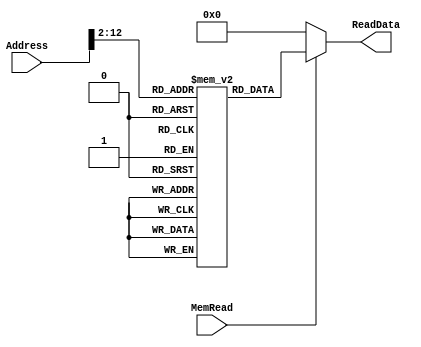
`timescale 1ns / 1ps

////////////////////////////////////////////////////////////////////////////////
// ECE369 - Computer Architecture
// Module - data_memory.v
// Description - 32-Bit wide data memory. An example that shows how to prepare/initialize
// data memory
//
// INPUTS:-
// Address: 32-Bit address input port.
// WriteData: 32-Bit input port.
// Clk: 1-Bit Input clock signal.
// MemWrite: 1-Bit control signal for memory write.
// MemRead: 1-Bit control signal for memory read.
//
// OUTPUTS:-
// ReadData: 32-Bit registered output port.
//
// FUNCTIONALITY:-
// Design the above memory similar to the 'RegisterFile' model in the previous 
// assignment.  Create a memory and initialize it by reading from a test data.  
// The 'WriteData' value is written into the address 
// in the positive clock edge if 'MemWrite' 
// signal is 1. 'ReadData' is the value of memory location if 
// 'MemRead' is 1, otherwise, it is 0x00000000. The reading of memory is not 
// clocked.
////////////////////////////////////////////////////////////////////////////////

module DataMemory(Address, MemRead, ReadData); 

    input [31:0] Address;   // Input Address 
  //  input [31:0] WriteData; // Data that needs to be written into the address 
 //   input Clk;
 //   input MemWrite;         // Control signal for memory write 
    input MemRead;          // Control signal for memory read 
	// integer i;			
	

    output reg[31:0] ReadData; // Contents of memory location at Address

    reg [31:0] memory[0:1043];    // size needs to be adjusted based on the size of the test_data.txt
	
	 	 
	 initial begin
	 

		 

//result should be 28, 28
memory[0] = 32'h20;
memory[1] = 32'h20;
memory[2] = 32'h4;
memory[3] = 32'h4;
memory[4] = 32'h1;
memory[5] = 32'h1;
memory[6] = 32'h1;
memory[7] = 32'h1;
memory[8] = 32'h1;
memory[9] = 32'h1;
memory[10] = 32'h1;
memory[11] = 32'h1;
memory[12] = 32'h1;
memory[13] = 32'h1;
memory[14] = 32'h1;
memory[15] = 32'h1;
memory[16] = 32'h1;
memory[17] = 32'h1;
memory[18] = 32'h1;
memory[19] = 32'h1;
memory[20] = 32'h1;
memory[21] = 32'h1;
memory[22] = 32'h1;
memory[23] = 32'h1;
memory[24] = 32'h1;
memory[25] = 32'h1;
memory[26] = 32'h1;
memory[27] = 32'h1;
memory[28] = 32'h1;
memory[29] = 32'h1;
memory[30] = 32'h1;
memory[31] = 32'h1;
memory[32] = 32'h1;
memory[33] = 32'h1;
memory[34] = 32'h1;
memory[35] = 32'h1;
memory[36] = 32'h1;
memory[37] = 32'h1;
memory[38] = 32'h1;
memory[39] = 32'h1;
memory[40] = 32'h1;
memory[41] = 32'h1;
memory[42] = 32'h1;
memory[43] = 32'h1;
memory[44] = 32'h1;
memory[45] = 32'h1;
memory[46] = 32'h1;
memory[47] = 32'h1;
memory[48] = 32'h1;
memory[49] = 32'h1;
memory[50] = 32'h1;
memory[51] = 32'h1;
memory[52] = 32'h1;
memory[53] = 32'h1;
memory[54] = 32'h1;
memory[55] = 32'h1;
memory[56] = 32'h1;
memory[57] = 32'h1;
memory[58] = 32'h1;
memory[59] = 32'h1;
memory[60] = 32'h1;
memory[61] = 32'h1;
memory[62] = 32'h1;
memory[63] = 32'h1;
memory[64] = 32'h1;
memory[65] = 32'h1;
memory[66] = 32'h1;
memory[67] = 32'h1;
memory[68] = 32'h1;
memory[69] = 32'h1;
memory[70] = 32'h1;
memory[71] = 32'h1;
memory[72] = 32'h1;
memory[73] = 32'h1;
memory[74] = 32'h1;
memory[75] = 32'h1;
memory[76] = 32'h1;
memory[77] = 32'h1;
memory[78] = 32'h1;
memory[79] = 32'h1;
memory[80] = 32'h1;
memory[81] = 32'h1;
memory[82] = 32'h1;
memory[83] = 32'h1;
memory[84] = 32'h1;
memory[85] = 32'h1;
memory[86] = 32'h1;
memory[87] = 32'h1;
memory[88] = 32'h1;
memory[89] = 32'h1;
memory[90] = 32'h1;
memory[91] = 32'h1;
memory[92] = 32'h1;
memory[93] = 32'h1;
memory[94] = 32'h1;
memory[95] = 32'h1;
memory[96] = 32'h1;
memory[97] = 32'h1;
memory[98] = 32'h1;
memory[99] = 32'h1;
memory[100] = 32'h1;
memory[101] = 32'h1;
memory[102] = 32'h1;
memory[103] = 32'h1;
memory[104] = 32'h1;
memory[105] = 32'h1;
memory[106] = 32'h1;
memory[107] = 32'h1;
memory[108] = 32'h1;
memory[109] = 32'h1;
memory[110] = 32'h1;
memory[111] = 32'h1;
memory[112] = 32'h1;
memory[113] = 32'h1;
memory[114] = 32'h1;
memory[115] = 32'h1;
memory[116] = 32'h1;
memory[117] = 32'h1;
memory[118] = 32'h1;
memory[119] = 32'h1;
memory[120] = 32'h1;
memory[121] = 32'h1;
memory[122] = 32'h1;
memory[123] = 32'h1;
memory[124] = 32'h1;
memory[125] = 32'h1;
memory[126] = 32'h1;
memory[127] = 32'h1;
memory[128] = 32'h1;
memory[129] = 32'h1;
memory[130] = 32'h1;
memory[131] = 32'h1;
memory[132] = 32'h1;
memory[133] = 32'h1;
memory[134] = 32'h1;
memory[135] = 32'h1;
memory[136] = 32'h1;
memory[137] = 32'h1;
memory[138] = 32'h1;
memory[139] = 32'h1;
memory[140] = 32'h1;
memory[141] = 32'h1;
memory[142] = 32'h1;
memory[143] = 32'h1;
memory[144] = 32'h1;
memory[145] = 32'h1;
memory[146] = 32'h1;
memory[147] = 32'h1;
memory[148] = 32'h1;
memory[149] = 32'h1;
memory[150] = 32'h1;
memory[151] = 32'h1;
memory[152] = 32'h1;
memory[153] = 32'h1;
memory[154] = 32'h1;
memory[155] = 32'h1;
memory[156] = 32'h1;
memory[157] = 32'h1;
memory[158] = 32'h1;
memory[159] = 32'h1;
memory[160] = 32'h1;
memory[161] = 32'h1;
memory[162] = 32'h1;
memory[163] = 32'h1;
memory[164] = 32'h1;
memory[165] = 32'h1;
memory[166] = 32'h1;
memory[167] = 32'h1;
memory[168] = 32'h1;
memory[169] = 32'h1;
memory[170] = 32'h1;
memory[171] = 32'h1;
memory[172] = 32'h1;
memory[173] = 32'h1;
memory[174] = 32'h1;
memory[175] = 32'h1;
memory[176] = 32'h1;
memory[177] = 32'h1;
memory[178] = 32'h1;
memory[179] = 32'h1;
memory[180] = 32'h1;
memory[181] = 32'h1;
memory[182] = 32'h1;
memory[183] = 32'h1;
memory[184] = 32'hb;
memory[185] = 32'hb;
memory[186] = 32'hb;
memory[187] = 32'hb;
memory[188] = 32'hb;
memory[189] = 32'hb;
memory[190] = 32'hb;
memory[191] = 32'hb;
memory[192] = 32'hb;
memory[193] = 32'hb;
memory[194] = 32'hb;
memory[195] = 32'hb;
memory[196] = 32'h1;
memory[197] = 32'h1;
memory[198] = 32'h1;
memory[199] = 32'h1;
memory[200] = 32'h1;
memory[201] = 32'h1;
memory[202] = 32'h1;
memory[203] = 32'h1;
memory[204] = 32'h1;
memory[205] = 32'h1;
memory[206] = 32'h1;
memory[207] = 32'h1;
memory[208] = 32'h1;
memory[209] = 32'h1;
memory[210] = 32'h1;
memory[211] = 32'h1;
memory[212] = 32'h1;
memory[213] = 32'h1;
memory[214] = 32'h1;
memory[215] = 32'h1;
memory[216] = 32'hb;
memory[217] = 32'hb;
memory[218] = 32'hb;
memory[219] = 32'hb;
memory[220] = 32'hb;
memory[221] = 32'hb;
memory[222] = 32'hb;
memory[223] = 32'hb;
memory[224] = 32'hb;
memory[225] = 32'hb;
memory[226] = 32'hb;
memory[227] = 32'hb;
memory[228] = 32'h1;
memory[229] = 32'h1;
memory[230] = 32'h1;
memory[231] = 32'h1;
memory[232] = 32'h1;
memory[233] = 32'h1;
memory[234] = 32'h1;
memory[235] = 32'h1;
memory[236] = 32'h1;
memory[237] = 32'h1;
memory[238] = 32'h1;
memory[239] = 32'h1;
memory[240] = 32'h1;
memory[241] = 32'h1;
memory[242] = 32'h1;
memory[243] = 32'h1;
memory[244] = 32'h1;
memory[245] = 32'h1;
memory[246] = 32'h1;
memory[247] = 32'h1;
memory[248] = 32'hb;
memory[249] = 32'hb;
memory[250] = 32'hb;
memory[251] = 32'hb;
memory[252] = 32'hb;
memory[253] = 32'hb;
memory[254] = 32'hb;
memory[255] = 32'hb;
memory[256] = 32'hb;
memory[257] = 32'hb;
memory[258] = 32'hb;
memory[259] = 32'hb;
memory[260] = 32'h1;
memory[261] = 32'h1;
memory[262] = 32'h1;
memory[263] = 32'h1;
memory[264] = 32'h1;
memory[265] = 32'h1;
memory[266] = 32'h1;
memory[267] = 32'h1;
memory[268] = 32'h1;
memory[269] = 32'h1;
memory[270] = 32'h1;
memory[271] = 32'h1;
memory[272] = 32'h1;
memory[273] = 32'h1;
memory[274] = 32'h1;
memory[275] = 32'h1;
memory[276] = 32'h1;
memory[277] = 32'h1;
memory[278] = 32'h1;
memory[279] = 32'h1;
memory[280] = 32'hb;
memory[281] = 32'hb;
memory[282] = 32'hb;
memory[283] = 32'hb;
memory[284] = 32'hb;
memory[285] = 32'hb;
memory[286] = 32'hb;
memory[287] = 32'hb;
memory[288] = 32'hb;
memory[289] = 32'hb;
memory[290] = 32'hb;
memory[291] = 32'hb;
memory[292] = 32'h1;
memory[293] = 32'h1;
memory[294] = 32'h1;
memory[295] = 32'h1;
memory[296] = 32'h1;
memory[297] = 32'h1;
memory[298] = 32'h1;
memory[299] = 32'h1;
memory[300] = 32'h1;
memory[301] = 32'h1;
memory[302] = 32'h1;
memory[303] = 32'h1;
memory[304] = 32'h1;
memory[305] = 32'h1;
memory[306] = 32'h1;
memory[307] = 32'h1;
memory[308] = 32'h1;
memory[309] = 32'h1;
memory[310] = 32'h1;
memory[311] = 32'h1;
memory[312] = 32'hb;
memory[313] = 32'hb;
memory[314] = 32'hb;
memory[315] = 32'hb;
memory[316] = 32'hb;
memory[317] = 32'hb;
memory[318] = 32'hb;
memory[319] = 32'hb;
memory[320] = 32'hb;
memory[321] = 32'hb;
memory[322] = 32'hb;
memory[323] = 32'hb;
memory[324] = 32'h1;
memory[325] = 32'h1;
memory[326] = 32'h1;
memory[327] = 32'h1;
memory[328] = 32'h1;
memory[329] = 32'h1;
memory[330] = 32'h1;
memory[331] = 32'h1;
memory[332] = 32'h1;
memory[333] = 32'h1;
memory[334] = 32'h1;
memory[335] = 32'h1;
memory[336] = 32'h1;
memory[337] = 32'h1;
memory[338] = 32'h1;
memory[339] = 32'h1;
memory[340] = 32'h1;
memory[341] = 32'h1;
memory[342] = 32'h1;
memory[343] = 32'h1;
memory[344] = 32'hb;
memory[345] = 32'hb;
memory[346] = 32'hb;
memory[347] = 32'hb;
memory[348] = 32'hb;
memory[349] = 32'hb;
memory[350] = 32'hb;
memory[351] = 32'hb;
memory[352] = 32'hb;
memory[353] = 32'hb;
memory[354] = 32'hb;
memory[355] = 32'hb;
memory[356] = 32'h1;
memory[357] = 32'h1;
memory[358] = 32'h1;
memory[359] = 32'h1;
memory[360] = 32'h1;
memory[361] = 32'h1;
memory[362] = 32'h1;
memory[363] = 32'h1;
memory[364] = 32'h1;
memory[365] = 32'h1;
memory[366] = 32'h1;
memory[367] = 32'h1;
memory[368] = 32'h1;
memory[369] = 32'h1;
memory[370] = 32'h1;
memory[371] = 32'h1;
memory[372] = 32'h1;
memory[373] = 32'h1;
memory[374] = 32'h1;
memory[375] = 32'h1;
memory[376] = 32'hb;
memory[377] = 32'hb;
memory[378] = 32'hb;
memory[379] = 32'hb;
memory[380] = 32'hb;
memory[381] = 32'hb;
memory[382] = 32'hb;
memory[383] = 32'hb;
memory[384] = 32'hb;
memory[385] = 32'hb;
memory[386] = 32'hb;
memory[387] = 32'hb;
memory[388] = 32'h1;
memory[389] = 32'h1;
memory[390] = 32'h1;
memory[391] = 32'h1;
memory[392] = 32'h1;
memory[393] = 32'h1;
memory[394] = 32'h1;
memory[395] = 32'h1;
memory[396] = 32'h1;
memory[397] = 32'h1;
memory[398] = 32'h1;
memory[399] = 32'h1;
memory[400] = 32'h1;
memory[401] = 32'h1;
memory[402] = 32'h1;
memory[403] = 32'h1;
memory[404] = 32'h1;
memory[405] = 32'h1;
memory[406] = 32'h1;
memory[407] = 32'h1;
memory[408] = 32'hb;
memory[409] = 32'hb;
memory[410] = 32'hb;
memory[411] = 32'hb;
memory[412] = 32'hb;
memory[413] = 32'hb;
memory[414] = 32'hb;
memory[415] = 32'hb;
memory[416] = 32'hb;
memory[417] = 32'hb;
memory[418] = 32'hb;
memory[419] = 32'hb;
memory[420] = 32'h1;
memory[421] = 32'h1;
memory[422] = 32'h1;
memory[423] = 32'h1;
memory[424] = 32'h1;
memory[425] = 32'h1;
memory[426] = 32'h1;
memory[427] = 32'h1;
memory[428] = 32'h1;
memory[429] = 32'h1;
memory[430] = 32'h1;
memory[431] = 32'h1;
memory[432] = 32'h1;
memory[433] = 32'h1;
memory[434] = 32'h1;
memory[435] = 32'h1;
memory[436] = 32'h1;
memory[437] = 32'h1;
memory[438] = 32'h1;
memory[439] = 32'h1;
memory[440] = 32'hb;
memory[441] = 32'hb;
memory[442] = 32'hb;
memory[443] = 32'hb;
memory[444] = 32'hb;
memory[445] = 32'hb;
memory[446] = 32'hb;
memory[447] = 32'hb;
memory[448] = 32'hb;
memory[449] = 32'hb;
memory[450] = 32'hb;
memory[451] = 32'hb;
memory[452] = 32'h1;
memory[453] = 32'h1;
memory[454] = 32'h1;
memory[455] = 32'h1;
memory[456] = 32'h1;
memory[457] = 32'h1;
memory[458] = 32'h1;
memory[459] = 32'h1;
memory[460] = 32'h1;
memory[461] = 32'h1;
memory[462] = 32'h1;
memory[463] = 32'h1;
memory[464] = 32'h1;
memory[465] = 32'h1;
memory[466] = 32'h1;
memory[467] = 32'h1;
memory[468] = 32'h1;
memory[469] = 32'h1;
memory[470] = 32'h1;
memory[471] = 32'h1;
memory[472] = 32'hb;
memory[473] = 32'hb;
memory[474] = 32'hb;
memory[475] = 32'hb;
memory[476] = 32'hb;
memory[477] = 32'hb;
memory[478] = 32'hb;
memory[479] = 32'hb;
memory[480] = 32'hb;
memory[481] = 32'hb;
memory[482] = 32'hb;
memory[483] = 32'hb;
memory[484] = 32'h1;
memory[485] = 32'h1;
memory[486] = 32'h1;
memory[487] = 32'h1;
memory[488] = 32'h1;
memory[489] = 32'h1;
memory[490] = 32'h1;
memory[491] = 32'h1;
memory[492] = 32'h1;
memory[493] = 32'h1;
memory[494] = 32'h1;
memory[495] = 32'h1;
memory[496] = 32'h1;
memory[497] = 32'h1;
memory[498] = 32'h1;
memory[499] = 32'h1;
memory[500] = 32'h1;
memory[501] = 32'h1;
memory[502] = 32'h1;
memory[503] = 32'h1;
memory[504] = 32'hb;
memory[505] = 32'hb;
memory[506] = 32'hb;
memory[507] = 32'hb;
memory[508] = 32'hb;
memory[509] = 32'hb;
memory[510] = 32'hb;
memory[511] = 32'hb;
memory[512] = 32'hb;
memory[513] = 32'hb;
memory[514] = 32'hb;
memory[515] = 32'hb;
memory[516] = 32'h1;
memory[517] = 32'h1;
memory[518] = 32'h1;
memory[519] = 32'h1;
memory[520] = 32'h1;
memory[521] = 32'h1;
memory[522] = 32'h1;
memory[523] = 32'h1;
memory[524] = 32'h1;
memory[525] = 32'h1;
memory[526] = 32'h1;
memory[527] = 32'h1;
memory[528] = 32'h1;
memory[529] = 32'h1;
memory[530] = 32'h1;
memory[531] = 32'h1;
memory[532] = 32'h1;
memory[533] = 32'h1;
memory[534] = 32'h1;
memory[535] = 32'h1;
memory[536] = 32'hb;
memory[537] = 32'hb;
memory[538] = 32'hb;
memory[539] = 32'hb;
memory[540] = 32'hb;
memory[541] = 32'hb;
memory[542] = 32'hb;
memory[543] = 32'hb;
memory[544] = 32'hb;
memory[545] = 32'hb;
memory[546] = 32'hb;
memory[547] = 32'hb;
memory[548] = 32'h1;
memory[549] = 32'h1;
memory[550] = 32'h1;
memory[551] = 32'h1;
memory[552] = 32'h1;
memory[553] = 32'h1;
memory[554] = 32'h1;
memory[555] = 32'h1;
memory[556] = 32'h1;
memory[557] = 32'h1;
memory[558] = 32'h1;
memory[559] = 32'h1;
memory[560] = 32'h1;
memory[561] = 32'h1;
memory[562] = 32'h1;
memory[563] = 32'h1;
memory[564] = 32'h1;
memory[565] = 32'h1;
memory[566] = 32'h1;
memory[567] = 32'h1;
memory[568] = 32'hb;
memory[569] = 32'hb;
memory[570] = 32'hb;
memory[571] = 32'hb;
memory[572] = 32'hb;
memory[573] = 32'hb;
memory[574] = 32'hb;
memory[575] = 32'hb;
memory[576] = 32'hb;
memory[577] = 32'hb;
memory[578] = 32'hb;
memory[579] = 32'hb;
memory[580] = 32'h1;
memory[581] = 32'h1;
memory[582] = 32'h1;
memory[583] = 32'h1;
memory[584] = 32'h1;
memory[585] = 32'h1;
memory[586] = 32'h1;
memory[587] = 32'h1;
memory[588] = 32'h1;
memory[589] = 32'h1;
memory[590] = 32'h1;
memory[591] = 32'h1;
memory[592] = 32'h1;
memory[593] = 32'h1;
memory[594] = 32'h1;
memory[595] = 32'h1;
memory[596] = 32'h1;
memory[597] = 32'h1;
memory[598] = 32'h1;
memory[599] = 32'h1;
memory[600] = 32'hb;
memory[601] = 32'hb;
memory[602] = 32'hb;
memory[603] = 32'hb;
memory[604] = 32'hb;
memory[605] = 32'hb;
memory[606] = 32'hb;
memory[607] = 32'hb;
memory[608] = 32'hb;
memory[609] = 32'hb;
memory[610] = 32'hb;
memory[611] = 32'hb;
memory[612] = 32'h1;
memory[613] = 32'h1;
memory[614] = 32'h1;
memory[615] = 32'h1;
memory[616] = 32'h1;
memory[617] = 32'h1;
memory[618] = 32'h1;
memory[619] = 32'h1;
memory[620] = 32'h1;
memory[621] = 32'h1;
memory[622] = 32'h1;
memory[623] = 32'h1;
memory[624] = 32'h1;
memory[625] = 32'h1;
memory[626] = 32'h1;
memory[627] = 32'h1;
memory[628] = 32'h1;
memory[629] = 32'h1;
memory[630] = 32'h1;
memory[631] = 32'h1;
memory[632] = 32'ha;
memory[633] = 32'ha;
memory[634] = 32'ha;
memory[635] = 32'ha;
memory[636] = 32'ha;
memory[637] = 32'ha;
memory[638] = 32'ha;
memory[639] = 32'ha;
memory[640] = 32'ha;
memory[641] = 32'ha;
memory[642] = 32'ha;
memory[643] = 32'ha;
memory[644] = 32'h1;
memory[645] = 32'h1;
memory[646] = 32'h1;
memory[647] = 32'h1;
memory[648] = 32'h1;
memory[649] = 32'h1;
memory[650] = 32'h1;
memory[651] = 32'h1;
memory[652] = 32'h1;
memory[653] = 32'h1;
memory[654] = 32'h1;
memory[655] = 32'h1;
memory[656] = 32'h1;
memory[657] = 32'h1;
memory[658] = 32'h1;
memory[659] = 32'h1;
memory[660] = 32'h1;
memory[661] = 32'h1;
memory[662] = 32'h1;
memory[663] = 32'h1;
memory[664] = 32'ha;
memory[665] = 32'ha;
memory[666] = 32'ha;
memory[667] = 32'ha;
memory[668] = 32'ha;
memory[669] = 32'ha;
memory[670] = 32'ha;
memory[671] = 32'ha;
memory[672] = 32'ha;
memory[673] = 32'ha;
memory[674] = 32'ha;
memory[675] = 32'ha;
memory[676] = 32'h1;
memory[677] = 32'h1;
memory[678] = 32'h1;
memory[679] = 32'h1;
memory[680] = 32'h1;
memory[681] = 32'h1;
memory[682] = 32'h1;
memory[683] = 32'h1;
memory[684] = 32'h1;
memory[685] = 32'h1;
memory[686] = 32'h1;
memory[687] = 32'h1;
memory[688] = 32'h1;
memory[689] = 32'h1;
memory[690] = 32'h1;
memory[691] = 32'h1;
memory[692] = 32'h1;
memory[693] = 32'h1;
memory[694] = 32'h1;
memory[695] = 32'h1;
memory[696] = 32'h1;
memory[697] = 32'h1;
memory[698] = 32'h1;
memory[699] = 32'h1;
memory[700] = 32'h1;
memory[701] = 32'h1;
memory[702] = 32'h1;
memory[703] = 32'h1;
memory[704] = 32'h1;
memory[705] = 32'h1;
memory[706] = 32'h1;
memory[707] = 32'h1;
memory[708] = 32'h1;
memory[709] = 32'h1;
memory[710] = 32'h1;
memory[711] = 32'h1;
memory[712] = 32'h1;
memory[713] = 32'h1;
memory[714] = 32'h1;
memory[715] = 32'h1;
memory[716] = 32'h1;
memory[717] = 32'h1;
memory[718] = 32'h1;
memory[719] = 32'h1;
memory[720] = 32'h1;
memory[721] = 32'h1;
memory[722] = 32'h1;
memory[723] = 32'h1;
memory[724] = 32'h1;
memory[725] = 32'h1;
memory[726] = 32'h1;
memory[727] = 32'h1;
memory[728] = 32'h1;
memory[729] = 32'h1;
memory[730] = 32'h1;
memory[731] = 32'h1;
memory[732] = 32'h1;
memory[733] = 32'h1;
memory[734] = 32'h1;
memory[735] = 32'h1;
memory[736] = 32'h1;
memory[737] = 32'h1;
memory[738] = 32'h1;
memory[739] = 32'h1;
memory[740] = 32'h1;
memory[741] = 32'h1;
memory[742] = 32'h1;
memory[743] = 32'h1;
memory[744] = 32'h1;
memory[745] = 32'h1;
memory[746] = 32'h1;
memory[747] = 32'h1;
memory[748] = 32'h1;
memory[749] = 32'h1;
memory[750] = 32'h1;
memory[751] = 32'h1;
memory[752] = 32'h1;
memory[753] = 32'h1;
memory[754] = 32'h1;
memory[755] = 32'h1;
memory[756] = 32'h1;
memory[757] = 32'h1;
memory[758] = 32'h1;
memory[759] = 32'h1;
memory[760] = 32'h1;
memory[761] = 32'h1;
memory[762] = 32'h1;
memory[763] = 32'h1;
memory[764] = 32'h1;
memory[765] = 32'h1;
memory[766] = 32'h1;
memory[767] = 32'h1;
memory[768] = 32'h1;
memory[769] = 32'h1;
memory[770] = 32'h1;
memory[771] = 32'h1;
memory[772] = 32'h1;
memory[773] = 32'h1;
memory[774] = 32'h1;
memory[775] = 32'h1;
memory[776] = 32'h1;
memory[777] = 32'h1;
memory[778] = 32'h1;
memory[779] = 32'h1;
memory[780] = 32'h1;
memory[781] = 32'h1;
memory[782] = 32'h1;
memory[783] = 32'h1;
memory[784] = 32'h1;
memory[785] = 32'h1;
memory[786] = 32'h1;
memory[787] = 32'h1;
memory[788] = 32'h1;
memory[789] = 32'h1;
memory[790] = 32'h1;
memory[791] = 32'h1;
memory[792] = 32'h1;
memory[793] = 32'h1;
memory[794] = 32'h1;
memory[795] = 32'h1;
memory[796] = 32'h1;
memory[797] = 32'h1;
memory[798] = 32'h1;
memory[799] = 32'h1;
memory[800] = 32'h1;
memory[801] = 32'h1;
memory[802] = 32'h1;
memory[803] = 32'h1;
memory[804] = 32'h1;
memory[805] = 32'h1;
memory[806] = 32'h1;
memory[807] = 32'h1;
memory[808] = 32'h1;
memory[809] = 32'h1;
memory[810] = 32'h1;
memory[811] = 32'h1;
memory[812] = 32'h1;
memory[813] = 32'h1;
memory[814] = 32'h1;
memory[815] = 32'h1;
memory[816] = 32'h1;
memory[817] = 32'h1;
memory[818] = 32'h1;
memory[819] = 32'h1;
memory[820] = 32'h1;
memory[821] = 32'h1;
memory[822] = 32'h1;
memory[823] = 32'h1;
memory[824] = 32'h1;
memory[825] = 32'h1;
memory[826] = 32'h1;
memory[827] = 32'h1;
memory[828] = 32'h1;
memory[829] = 32'h1;
memory[830] = 32'h1;
memory[831] = 32'h1;
memory[832] = 32'h1;
memory[833] = 32'h1;
memory[834] = 32'h1;
memory[835] = 32'h1;
memory[836] = 32'h1;
memory[837] = 32'h1;
memory[838] = 32'h1;
memory[839] = 32'h1;
memory[840] = 32'h1;
memory[841] = 32'h1;
memory[842] = 32'h1;
memory[843] = 32'h1;
memory[844] = 32'h1;
memory[845] = 32'h1;
memory[846] = 32'h1;
memory[847] = 32'h1;
memory[848] = 32'h1;
memory[849] = 32'h1;
memory[850] = 32'h1;
memory[851] = 32'h1;
memory[852] = 32'h1;
memory[853] = 32'h1;
memory[854] = 32'h1;
memory[855] = 32'h1;
memory[856] = 32'h1;
memory[857] = 32'h1;
memory[858] = 32'h1;
memory[859] = 32'h1;
memory[860] = 32'h1;
memory[861] = 32'h1;
memory[862] = 32'h1;
memory[863] = 32'h1;
memory[864] = 32'h1;
memory[865] = 32'h1;
memory[866] = 32'h1;
memory[867] = 32'h1;
memory[868] = 32'h1;
memory[869] = 32'h1;
memory[870] = 32'h1;
memory[871] = 32'h1;
memory[872] = 32'h1;
memory[873] = 32'h1;
memory[874] = 32'h1;
memory[875] = 32'h1;
memory[876] = 32'h1;
memory[877] = 32'h1;
memory[878] = 32'h1;
memory[879] = 32'h1;
memory[880] = 32'h1;
memory[881] = 32'h1;
memory[882] = 32'h1;
memory[883] = 32'h1;
memory[884] = 32'h1;
memory[885] = 32'h1;
memory[886] = 32'h1;
memory[887] = 32'h1;
memory[888] = 32'h1;
memory[889] = 32'h1;
memory[890] = 32'h1;
memory[891] = 32'h1;
memory[892] = 32'h1;
memory[893] = 32'h1;
memory[894] = 32'h1;
memory[895] = 32'h1;
memory[896] = 32'h1;
memory[897] = 32'h1;
memory[898] = 32'h1;
memory[899] = 32'h1;
memory[900] = 32'h1;
memory[901] = 32'h1;
memory[902] = 32'h1;
memory[903] = 32'h1;
memory[904] = 32'h1;
memory[905] = 32'h1;
memory[906] = 32'h1;
memory[907] = 32'h1;
memory[908] = 32'h1;
memory[909] = 32'h1;
memory[910] = 32'h1;
memory[911] = 32'h1;
memory[912] = 32'h1;
memory[913] = 32'h1;
memory[914] = 32'h1;
memory[915] = 32'h1;
memory[916] = 32'h1;
memory[917] = 32'h1;
memory[918] = 32'h1;
memory[919] = 32'h1;
memory[920] = 32'h1;
memory[921] = 32'h1;
memory[922] = 32'h1;
memory[923] = 32'h1;
memory[924] = 32'h1;
memory[925] = 32'h1;
memory[926] = 32'h1;
memory[927] = 32'h1;
memory[928] = 32'ha;
memory[929] = 32'ha;
memory[930] = 32'ha;
memory[931] = 32'ha;
memory[932] = 32'h1;
memory[933] = 32'h1;
memory[934] = 32'h1;
memory[935] = 32'h1;
memory[936] = 32'h1;
memory[937] = 32'h1;
memory[938] = 32'h1;
memory[939] = 32'h1;
memory[940] = 32'h1;
memory[941] = 32'h1;
memory[942] = 32'h1;
memory[943] = 32'h1;
memory[944] = 32'h1;
memory[945] = 32'h1;
memory[946] = 32'h1;
memory[947] = 32'h1;
memory[948] = 32'h1;
memory[949] = 32'h1;
memory[950] = 32'h1;
memory[951] = 32'h1;
memory[952] = 32'h1;
memory[953] = 32'h1;
memory[954] = 32'h1;
memory[955] = 32'h1;
memory[956] = 32'h1;
memory[957] = 32'h1;
memory[958] = 32'h1;
memory[959] = 32'h1;
memory[960] = 32'ha;
memory[961] = 32'ha;
memory[962] = 32'ha;
memory[963] = 32'ha;
memory[964] = 32'h1;
memory[965] = 32'h1;
memory[966] = 32'h1;
memory[967] = 32'h1;
memory[968] = 32'h1;
memory[969] = 32'h1;
memory[970] = 32'h1;
memory[971] = 32'h1;
memory[972] = 32'h1;
memory[973] = 32'h1;
memory[974] = 32'h1;
memory[975] = 32'h1;
memory[976] = 32'h1;
memory[977] = 32'h1;
memory[978] = 32'h1;
memory[979] = 32'h1;
memory[980] = 32'h1;
memory[981] = 32'h1;
memory[982] = 32'h1;
memory[983] = 32'h1;
memory[984] = 32'h1;
memory[985] = 32'h1;
memory[986] = 32'h1;
memory[987] = 32'h1;
memory[988] = 32'h1;
memory[989] = 32'h1;
memory[990] = 32'h1;
memory[991] = 32'h1;
memory[992] = 32'ha;
memory[993] = 32'ha;
memory[994] = 32'ha;
memory[995] = 32'ha;
memory[996] = 32'h1;
memory[997] = 32'h1;
memory[998] = 32'h1;
memory[999] = 32'h1;
memory[1000] = 32'h1;
memory[1001] = 32'h1;
memory[1002] = 32'h1;
memory[1003] = 32'h1;
memory[1004] = 32'h1;
memory[1005] = 32'h1;
memory[1006] = 32'h1;
memory[1007] = 32'h1;
memory[1008] = 32'h1;
memory[1009] = 32'h1;
memory[1010] = 32'h1;
memory[1011] = 32'h1;
memory[1012] = 32'h1;
memory[1013] = 32'h1;
memory[1014] = 32'h1;
memory[1015] = 32'h1;
memory[1016] = 32'h1;
memory[1017] = 32'h1;
memory[1018] = 32'h1;
memory[1019] = 32'h1;
memory[1020] = 32'h1;
memory[1021] = 32'h1;
memory[1022] = 32'h1;
memory[1023] = 32'h1;
memory[1024] = 32'ha;
memory[1025] = 32'ha;
memory[1026] = 32'ha;
memory[1027] = 32'ha;
memory[1028] = 32'ha;
memory[1029] = 32'ha;
memory[1030] = 32'ha;
memory[1031] = 32'ha;
memory[1032] = 32'ha;
memory[1033] = 32'ha;
memory[1034] = 32'ha;
memory[1035] = 32'ha;
memory[1036] = 32'ha;
memory[1037] = 32'ha;
memory[1038] = 32'ha;
memory[1039] = 32'ha;
memory[1040] = 32'ha;
memory[1041] = 32'ha;
memory[1042] = 32'ha;
memory[1043] = 32'ha;



		
	 
	 
	 /*
	 
	 
	 //TestCase for Branches, Jump, SW, LW 
	
			//Initialize your Datamemory first as the following:		
			memory[1] <= 32'h00000001;
			memory[2] <= 32'hffffffff;
		
			
			//memory[*] <= 0, where * represents all the other indexes other than 1 and 2
			memory[0] <= 0;
			for(i=3;i<=31;i=i+1)begin			
				memory[i] <= 0;
			end
			
	 //End of TestCase for Branches, Jump, SW, LW
	 */
	
	 end 
	 /*
    always @(posedge Clk) begin      //memory write
        if (MemWrite==1)
            memory[Address[31:2]] <= WriteData;
    end
*/

    always @(Address or MemRead) begin
        if (MemRead == 1)
            ReadData <= memory[Address[31:2]];    //memory read
    else
        ReadData <= 32'h00000000;
    end 
    
		  
endmodule